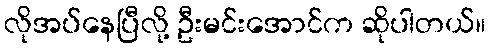
လိုအပ်နေပြီလို့ ဦးမင်းအောင်က ဆိုပါတယ်။